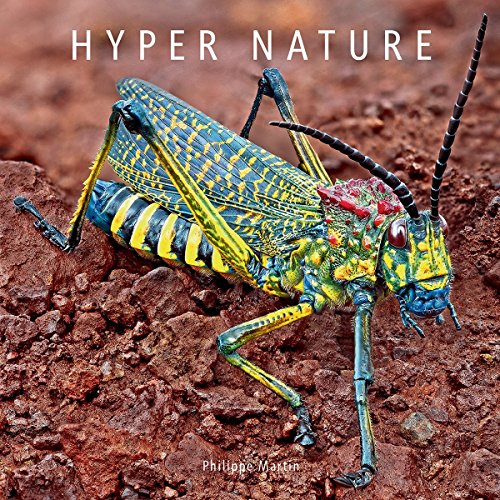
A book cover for Hyper Nature; Philippe Martin; Arts & Photography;